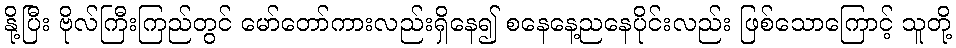
နို့ပြီး ဗိုလ်ကြီးကြည်တွင် မော်တော်ကားလည်းရှိနေ၍ စနေနေ့ညနေပိုင်းလည်း ဖြစ်သောကြောင့် သူတို့